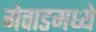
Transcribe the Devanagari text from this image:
मेवाडमध्ये